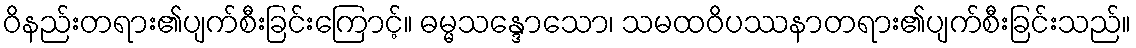
ဝိနည်းတရား၏ပျက်စီးခြင်းကြောင့်။ ဓမ္မသန္ဒောသော၊ သမထဝိပဿနာတရား၏ပျက်စီးခြင်းသည်။